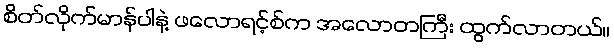
စိတ်လိုက်မာန်ပါနဲ့ ဖလောရင့်စ်က အလောတကြီး ထွက်လာတယ်။